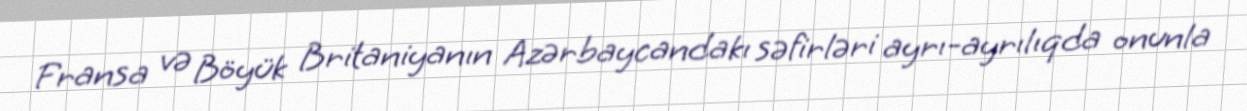
Fransa və Böyük Britaniyanın Azərbaycandakı səfirləri ayrı-ayrılıqda onunla